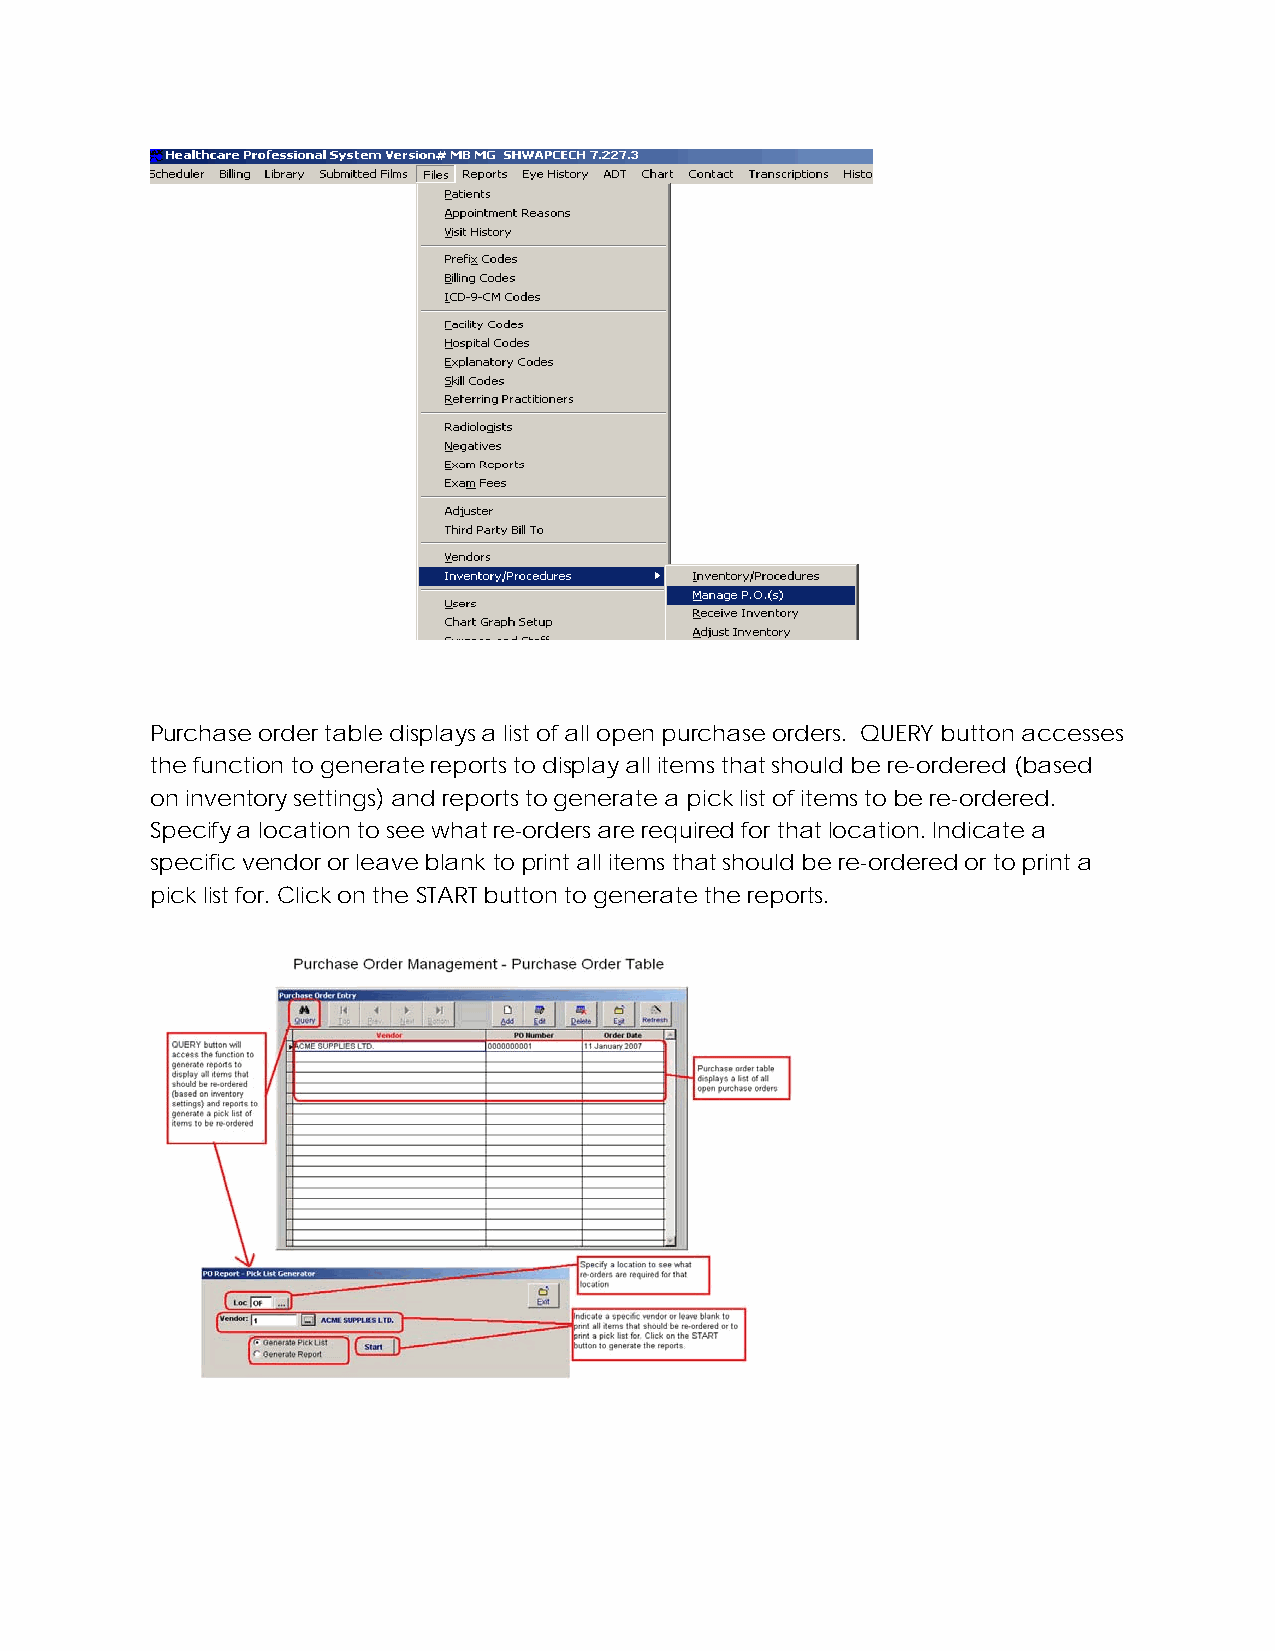
Purchase order table displays a list of all open purchase orders. QUERY button accesses
 the function to generate reports to display all items that should be re-ordered (based
 on inventory settings) and reports to generate a pick list of items to be re-ordered.
 Specify a location to see what re-orders are required for that location. Indicate a
 specific vendor or leave blank to print all items that should be re-ordered or to print a
 pick list for. Click on the START button to generate the reports.